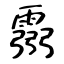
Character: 霛